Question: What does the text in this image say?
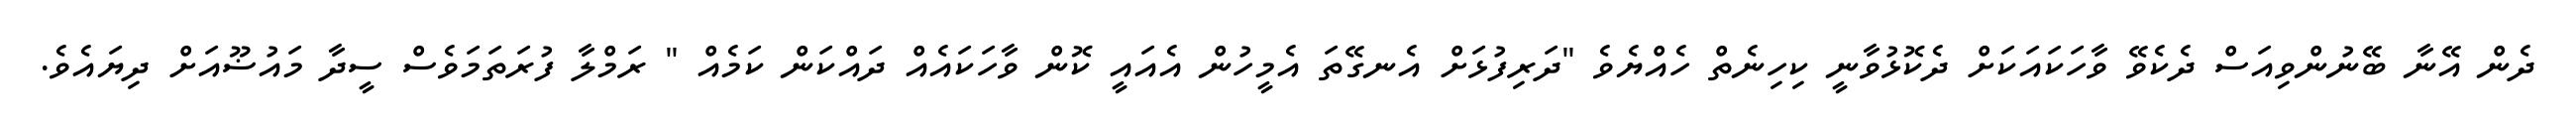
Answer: ދެން އޭނާ ބޭނުންވިއަސް ދެކެވޭ ވާހަކައަކަށް ދެކޮޅުވާނީ ކިހިނެތް ހެއްޔެވެ "ދަރިފުޅަށް އެނގޭތަ އެމީހުން އެއައީ ކޮން ވާހަކައެއް ދައްކަން ކަމެއް " ރަމްލާ ފުރަތަމަވެސް ސީދާ މައުޟޫއަށް ދިޔައެވެ.